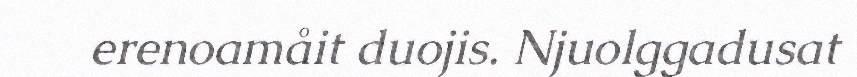
erenoamåit duojis. Njuolggadusat